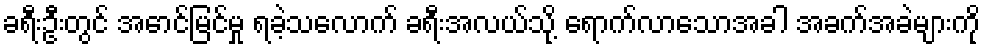
ခရီးဦးတွင် အောင်မြင်မှု ရခဲ့သလောက် ခရီးအလယ်သို့ ရောက်လာသောအခါ အခက်အခဲများကို